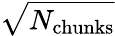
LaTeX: \sqrt{N_{\mathrm{chunks}}}